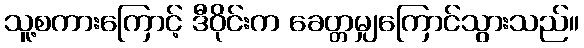
သူ့စကားကြောင့် ဒီဝိုင်းက ခေတ္တမျှကြောင်သွားသည်။